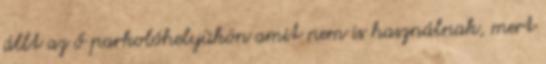
állt az ő parkolóhelyükön amit nem is használnak, mert